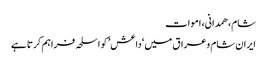
شام، ھمدانی، اموات
ایران شام وعراق میں ‘داعش’ کو اسلحہ فراہم کرتا ہے